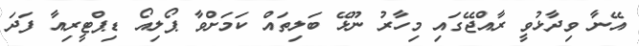
އޭނާ ވިދާޅުވީ ރާއްޖޭގައި މިހާރު ނޫޅޭ ބަލިތައް ކަމަށްވާ ޕޯލިއޯ ޑިޕްޓީރިއާ ފަދަ